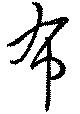
布